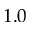
1 . 0